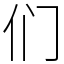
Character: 们